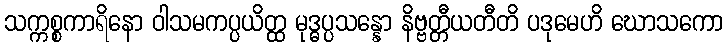
သက္ကစ္စကာရိနော ဝါသမကပ္ပယိတ္ထ မုဒ္ဓပ္ပသန္နော နိဗ္ဗတ္တီယတီတိ ပဒုမေဟိ ဃောသကော